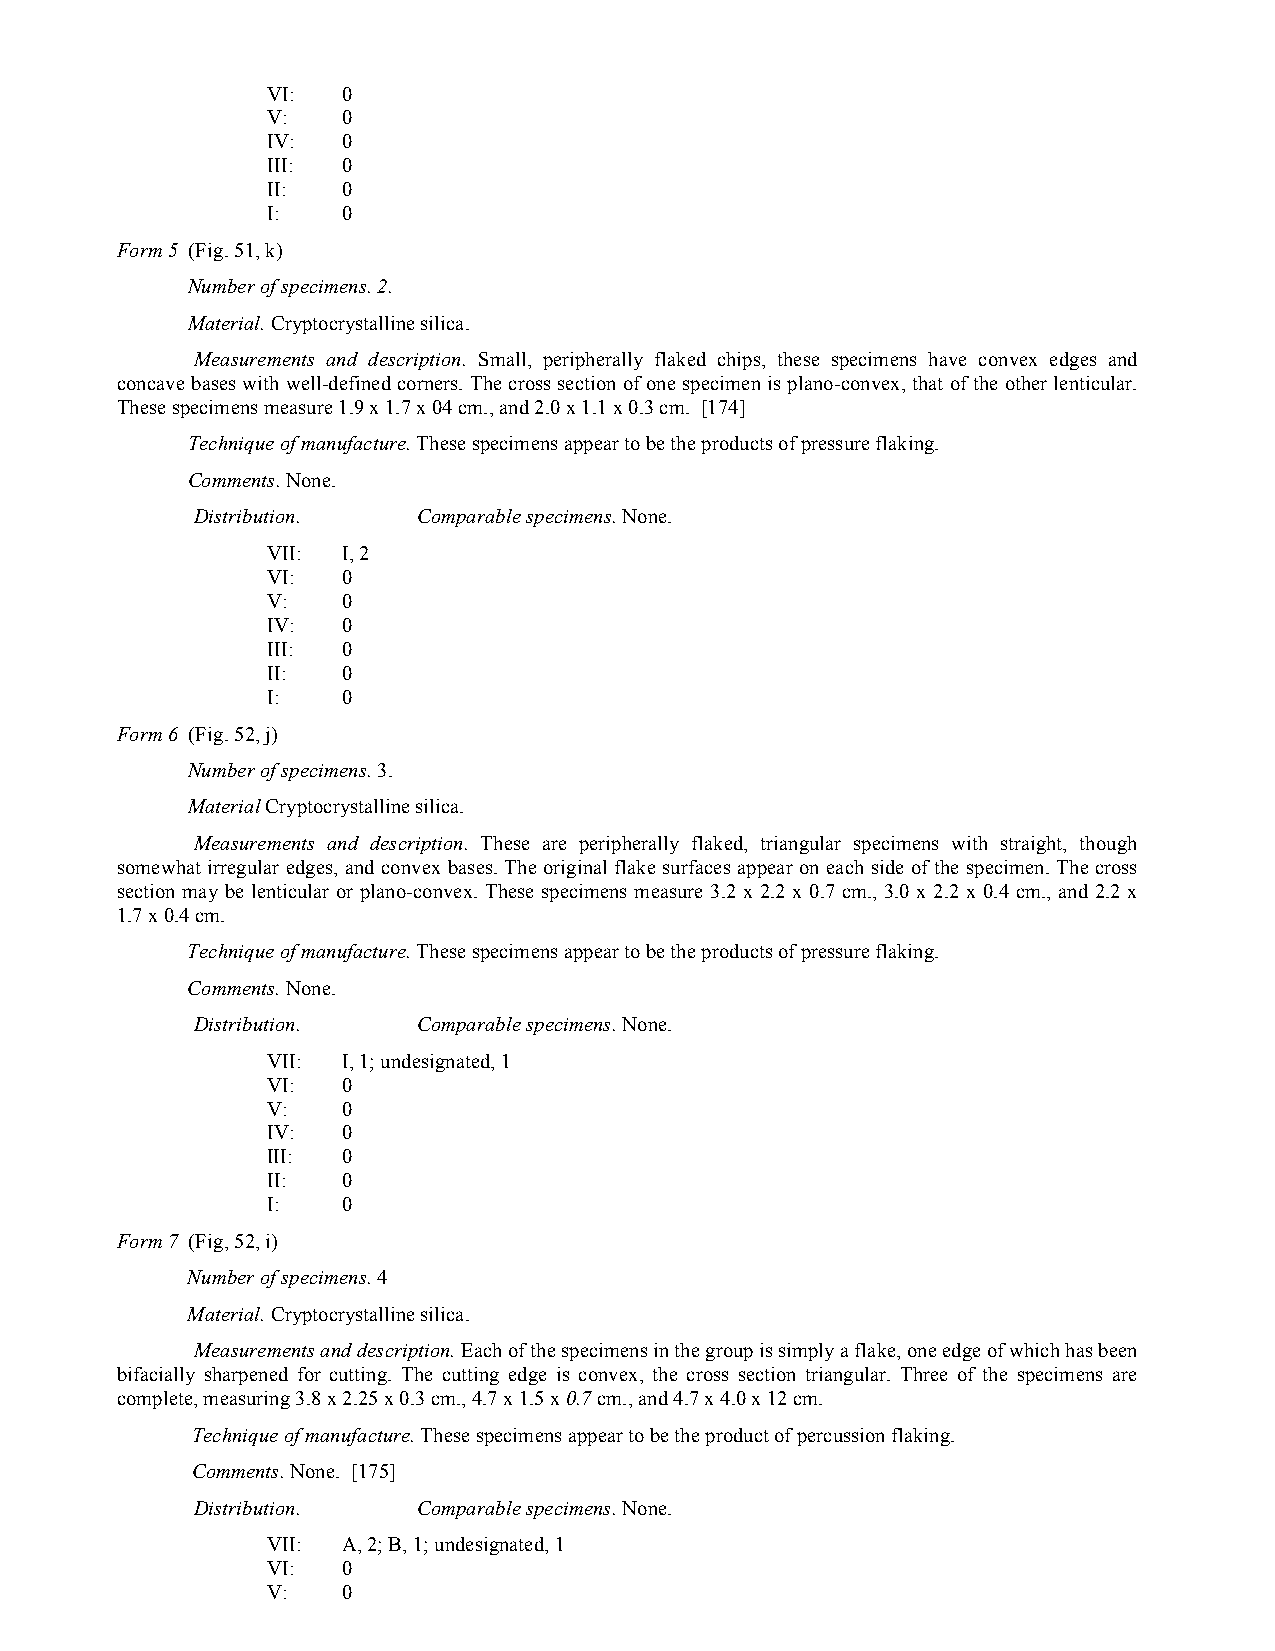
VI:  0
 V:   0
 IV:  0
 III: 0
 II:  0
 I:   0
 Form 5 (Fig. 51, k)
 Number of specimens. 2.
 Material. Cryptocrystalline silica.
 Measurements and description. Small, peripherally flaked chips, these specimens have convex edges and
 concave bases with well-defined corners. The cross section of one specimen is plano-convex, that of the other lenticular.
 These specimens measure 1.9 x 1.7 x 04 cm., and 2.0 x 1.1 x 0.3 cm. [174]
 Technique of manufacture. These specimens appear to be the products of pressure flaking.
 Comments. None.
 Distribution.  Comparable specimens. None.
 VII: I, 2
 VI:  0
 V:   0
 IV:  0
 III: 0
 II:  0
 I:   0
 Form 6 (Fig. 52, j)
 Number of specimens. 3.
 Material Cryptocrystalline silica.
 Measurements and description. These are peripherally flaked, triangular specimens with straight, though
 somewhat irregular edges, and convex bases. The original flake surfaces appear on each side of the specimen. The cross
 section may be lenticular or plano-convex. These specimens measure 3.2 x 2.2 x 0.7 cm., 3.0 x 2.2 x 0.4 cm., and 2.2 x
 1.7 x 0.4 cm.
 Technique of manufacture. These specimens appear to be the products of pressure flaking.
 Comments. None.
 Distribution.  Comparable specimens. None.
 VII: I, 1; undesignated, 1
 VI:  0
 V:   0
 IV:  0
 III: 0
 II:  0
 I:   0
 Form 7 (Fig, 52, i)
 Number of specimens. 4
 Material. Cryptocrystalline silica.
 Measurements and description. Each of the specimens in the group is simply a flake, one edge of which has been
 bifacially sharpened for cutting. The cutting edge is convex, the cross section triangular. Three of the specimens are
 complete, measuring 3.8 x 2.25 x 0.3 cm., 4.7 x 1.5 x 0.7 cm., and 4.7 x 4.0 x 12 cm.
 Technique of manufacture. These specimens appear to be the product of percussion flaking.
 Comments. None. [175]
 Distribution.  Comparable specimens. None.
 VII: A, 2; B, 1; undesignated, 1
 VI:  0
 V:   0